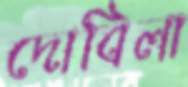
দোবিলা